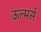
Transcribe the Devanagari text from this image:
ऊल्मर्स